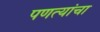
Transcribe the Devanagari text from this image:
पणत्यांचा